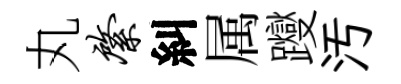
丸綮糾属躞汚